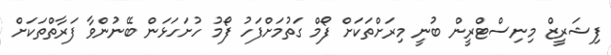
ފިޝަރީޒް މިނިސްޓްރީން ބުނީ މިރަށްތަކަށް ފޯމް ގަތުމަށްފަހު ފޯމު ހުށަހަޅަން ބޭނުންވާ ފަރާތްތަކަށް